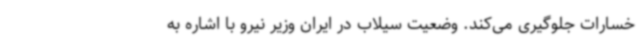
خسارات جلوگیری می‌کند. وضعیت سیلاب در ایران وزیر نیرو با اشاره به